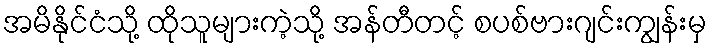
အမိနိုင်ငံသို့ ထိုသူများကဲ့သို့ အန်တီတင့် စပစ်ဗားဂျင်းကျွန်းမှ